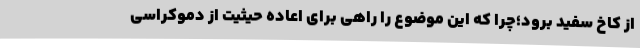
از کاخ سفید برود؛چرا که این موضوع را راهی برای اعاده حیثیت از دموکراسی